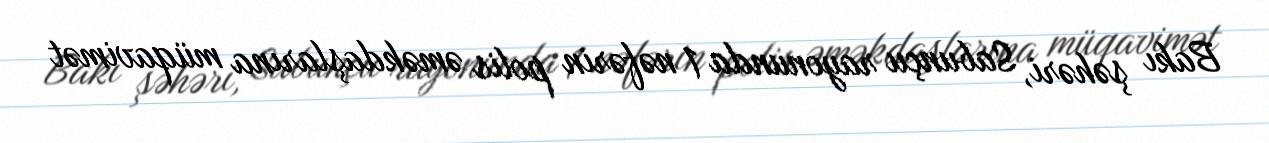
Bakı şəhəri, Sabunçu rayonunda 1 nəfərin polis əməkdaşlarına müqavimət